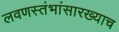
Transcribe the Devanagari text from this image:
लवणस्तंभांसारख्याच